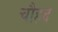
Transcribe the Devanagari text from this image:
चौहद